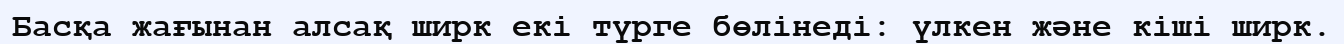
Басқа жағынан алсақ ширк екі түрге бөлінеді: үлкен және кіші ширк.